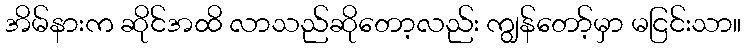
အိမ်နားက ဆိုင်အထိ လာသည်ဆိုတော့လည်း ကျွန်တော့်မှာ မငြင်းသာ။